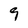
Character: 9